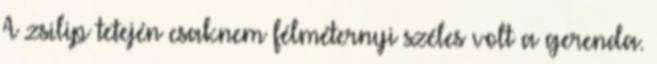
A zsilip tetején csaknem félméternyi széles volt a gerenda.